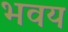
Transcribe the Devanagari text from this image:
भवय